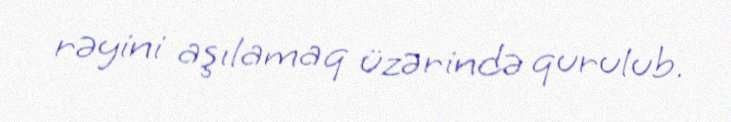
rəyini aşılamaq üzərində qurulub.